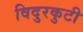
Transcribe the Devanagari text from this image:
विदुरकुटी